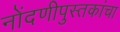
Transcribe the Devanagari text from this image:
नोंदणीपुस्तकांचा